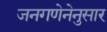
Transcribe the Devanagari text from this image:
जनगणेनेनुसार